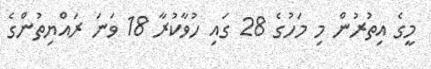
މީގެ އިތުރުން މި މަހުގެ 28 ގައި ހުވާކުރާ 18 ވަނަ ރައްޔިތުންގެ